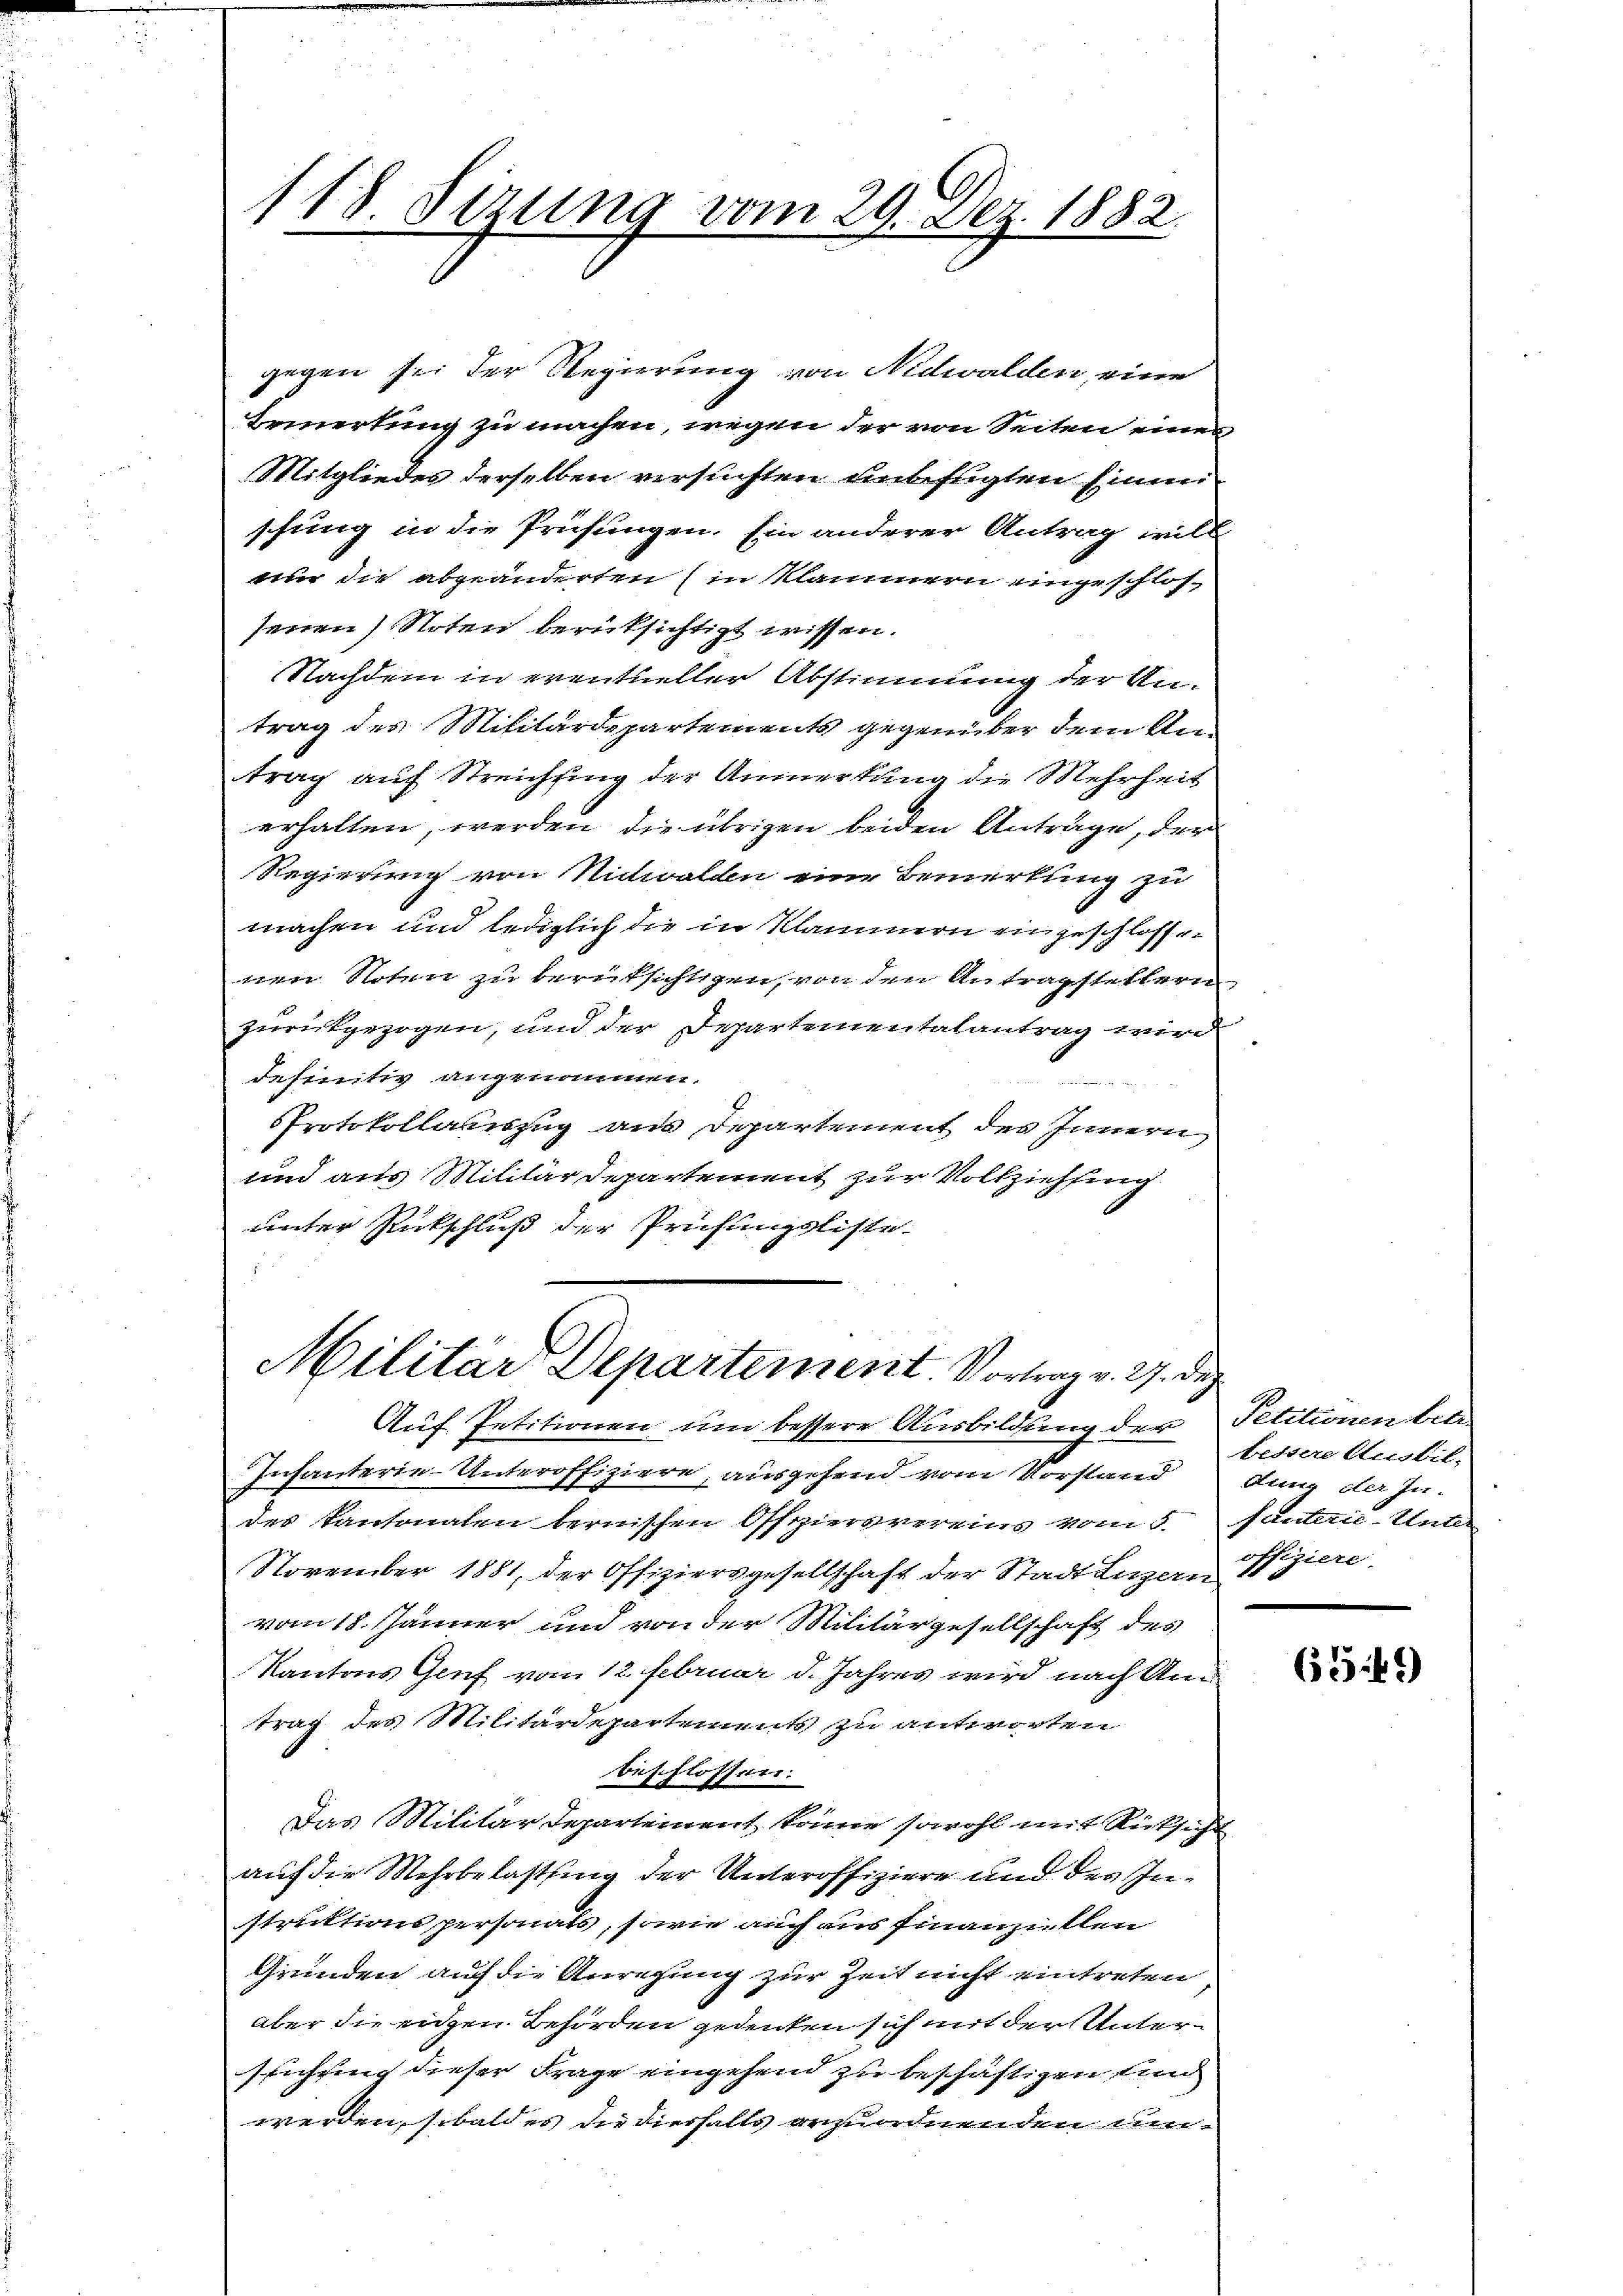
115 Sizung vom 29. Dez. 1882.

gegen sei der Regierung von Nidwalden, eine
Beinertung zu machen, wegen der von Seiten eines
Mitgliedes derselben versuchten unbefugten sinni
schung in die Prüfungen. Ein anderer Antrag will
nur die abgeänderten (in Klammern eingeschlossenen) Noten berücksichtigt wissen.
Nachdem in eventueller Abstimmung der Untrag des Militärdepartements gegenüber dem Antrag auf Streichung der Anmerkung die Mehrheit
erhalten, werden die übrigen beiden Anträge, der
Regierung von Nidwalden eine Bemerkung zu
machen und lediglich die in Klammern eingeschlossen
nen Roten zu berüksichtigen, von den Antragstellern
zurückgezogen, und der Departementalantrag wird
definitiv angenommen.
Sprotokollauszug aus Departement des Innern
und aus Militärdepartement zur Vollziehung
unter Rückschluß der Prüfungsliste-

Militar Departement Vortrag v. 2. des

Auf Petitionen um bessere Ausbildung der
Insanterie-Unteroffiziere, ausgeheid vom Vorstand
des Kantonalen bernischen Offiziersvereins vom 5.
November 1881, der Offiziersgesellschaft der Stadt Lazan
vom 18. Jänner und von der Militärgesellschaft des
Kantons Genf vom 12. Februar d. Jahres wird nach An-
trag des Militärdepartements zu antworten
beschlossen:
Das Militärdepartement könne sowohl mit Rüksicht
auf die Mehrbelastung der Unteroffiziere und der Instruktions personals, sowie auch aus Finanziellen
Grunden auf die Anregung zur Zeit nicht eintreten
aber die eingen Behörden gedenken sich mit der Unter-
seichung dieser Frage eingehend zu beschäftigen und
werden, sobald es die diesfalls anzuordnenden Kin-

Petitionen betr
bestere Ausbit-
dung der Ju
facterie-Unter
offiziere.

1552)